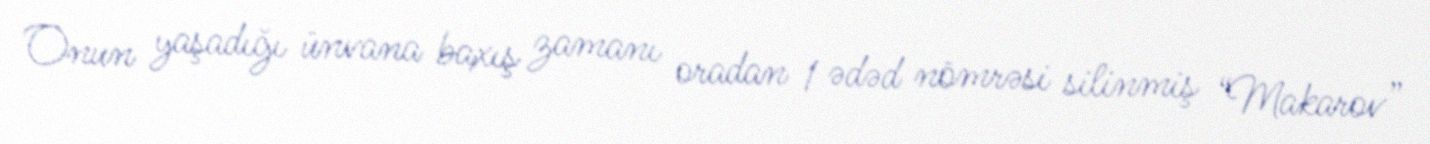
Onun yaşadığı ünvana baxış zamanı oradan 1 ədəd nömrəsi silinmiş “Makarov”